Medical and sanitary report on the native army of Bombay for the year
Year: 1878
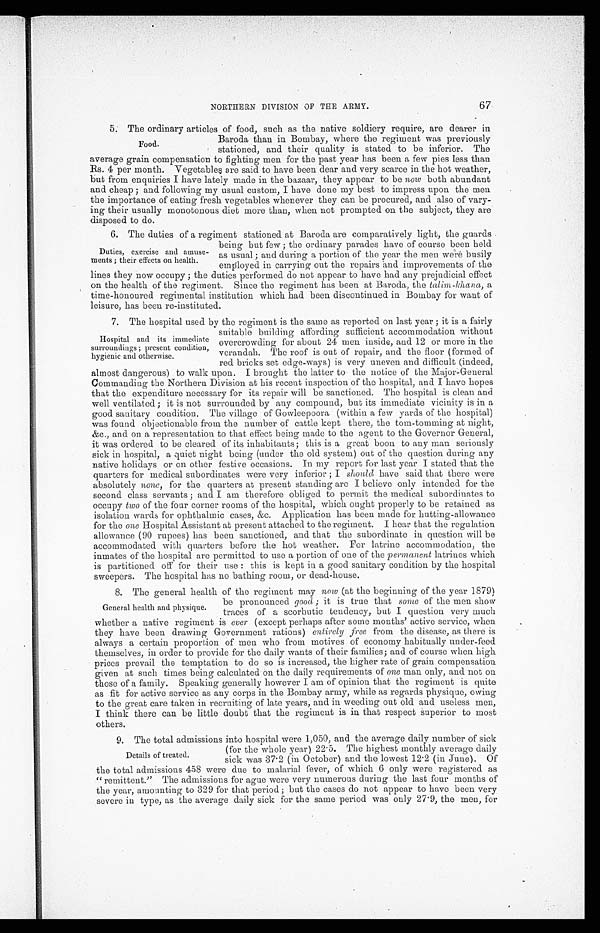
NORTHERN DIVISION OF THE ARMY.
67
5. The ordinary articles of food, such as the native soldiery require, are dearer in
Baroda than in Bombay, where the
regiment was previously
stationed, and their quality is stated to be inferior. The
average grain compensation to fighting men for the past year has been a few pies less than
Rs. 4 per month. Vegetables are said to have been dear and very scarce in the hot weather,
but from enquiries I have lately made in the bazaar, they appear to be now both abundant
and cheap; and following my usual custom, I have done my best to impress upon the men
the importance of eating fresh vegetables whenever they can be procured, and also of vary-
ing their usually monotonous diet more than, when not prompted on the subject, they are
disposed to do.
6. The duties of a regiment stationed at Baroda are comparatively light, the guards
being but few; the ordinary parades have of course been held
as usual; and during a portion of the year the men were busily
employed in carrying out the repairs and improvements of the
lines they now occupy; the duties performed do not appear to have had any prejudicial effect
on the health of the regiment. Since the regiment has been at Baroda, the talim-khana, a
time-honoured regimental institution which had been discontinued in Bombay for want of
leisure, has been re-instituted.
7. The hospital used by the regiment is the same as reported on last year; it is a fairly
suitable building affording sufficient accommodation without
overcrowding for about 24 men inside, and 12 or more in the
verandah. The roof is out of repair, and the floor (formed of
red bricks set edge-ways) is very uneven and difficult (indeed,
almost dangerous) to walk upon. I brought the latter to the notice of the Major-General
Commanding the Northern Division at his recent inspection of the hospital, and I have hopes
that the expenditure necessary for its repair will be sanctioned. The hospital is clean and
well ventilated; it is not surrounded by any compound, but its immediate vicinity is in a
good sanitary condition. The village of Gowleepoora (within a few yards of the hospital)
was found objectionable from the number of cattle kept there, the tom-tomming at night,
&c., and on a representation to that effect being made to the agent to the Governor General,
it was ordered to be cleared of its inhabitants; this is a great boon to any man seriously
sick in hospital, a quiet night being (under the old system) out of the question during any
native holidays or on other festive occasions. In my report for last year I stated that the
quarters for medical subordinates were very inferior; I should have said that there were
absolutely none, for the quarters at present standing are I believe only intended for the
second class servants; and I am therefore obliged to permit the medical subordinates to
occupy two of the four corner rooms of the hospital, which ought properly to be retained as
isolation wards for ophthalmic cases, &c. Application has been made for hutting-allowance
for the one Hospital Assistant at present attached to the regiment. I hear that the regulation
allowance (90 rupees) has been sanctioned, and that the subordinate in question will be
accommodated with quarters before the hot weather. For latrine accommodation, the
inmates of the hospital are permitted to use a portion of one of the permanent latrines which
is partitioned off for their use: this is kept in a good sanitary condition by the hospital
sweepers. The hospital has no bathing room, or dead-house.
8. The general health of the regiment may now (at the beginning of the year 1879)
be pronounced good; it is true that some of the men show
traces of a scorbutic tendency, but I question very much
whether a native regiment is ever (except perhaps after some months' active service, when
they have been drawing Government rations) entirely free from the disease, as there is
always a certain proportion of men who from motives of economy habitually under-feed
themselves, in order to provide for the daily wants of their families; and of course when high
prices prevail the temptation to do so is increased, the higher rate of grain compensation
given at such times being calculated on the daily requirements of one man only, and not on
those of a family. Speaking generally however I am of opinion that the regiment is quite
as fit for active service as any corps in the Bombay army, while as regards physique, owing
to the great care taken in recruiting of late years, and in weeding out old and useless men,
I think there can be little doubt that the regiment is in that respect superior to most
others.
9. The total admissions into hospital were 1,050, and the average daily number of sick
(for the whole year) 22.5. The highest monthly average daily
sick was 37.2 (in October) and the lowest 12.2 (in June). Of
the total admissions 458 were due to malarial fever, of which 6 only were registered as
"remittent." The admissions for ague were very numerous during the last four months of
the year, amounting to 329 for that period; but the cases do not appear to have been very
severe in type, as the average daily sick for the same period was only 27.9, the men, for
Food.
Duties, exercise and amuse-
ments; their effects on health.
Hospital and its immediate
surroundings; present condition,
hygienic and otherwise.
General health and physique.
Details of treated.